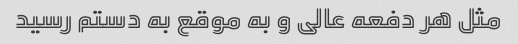
مثل هر دفعه عالی و به موقع به دستم رسید